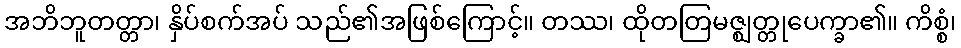
အဘိဘူတတ္တာ၊ နှိပ်စက်အပ် သည်၏အဖြစ်ကြောင့်။ တဿ၊ ထိုတတြမဇ္ဈတ္တုပေက္ခာ၏။ ကိစ္စံ၊